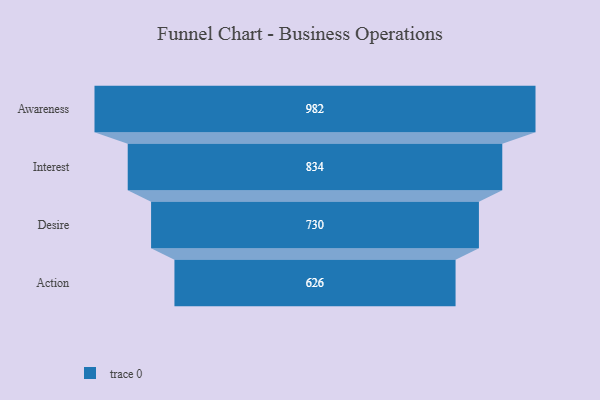
{"axis": {"x": "Stage", "y": "Value"}, "legend": [""], "data": [{"x": "Awareness", "y": 982.0, "type": ""}, {"x": "Interest", "y": 834.0, "type": ""}, {"x": "Desire", "y": 730.0, "type": ""}, {"x": "Action", "y": 626.0, "type": ""}]}